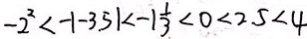
- 2 ^ { 2 } < - 1 - 3 . 5 1 < - 1 \frac { 1 } { 3 } < 0 < 2 . 5 < 4